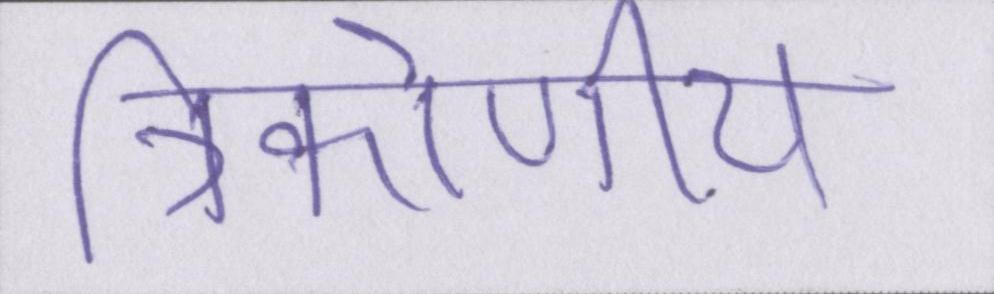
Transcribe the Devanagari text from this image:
त्रिकोणीय